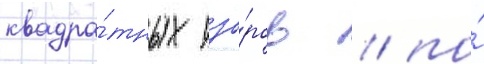
квадра́тных узо́ров / по́